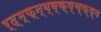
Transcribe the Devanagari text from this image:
र्द्म्फ्न्व्ब्क्ष्च्क्ष्व